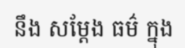
នឹង សម្តែង ធម៌ ក្នុង